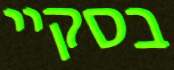
בסקיי